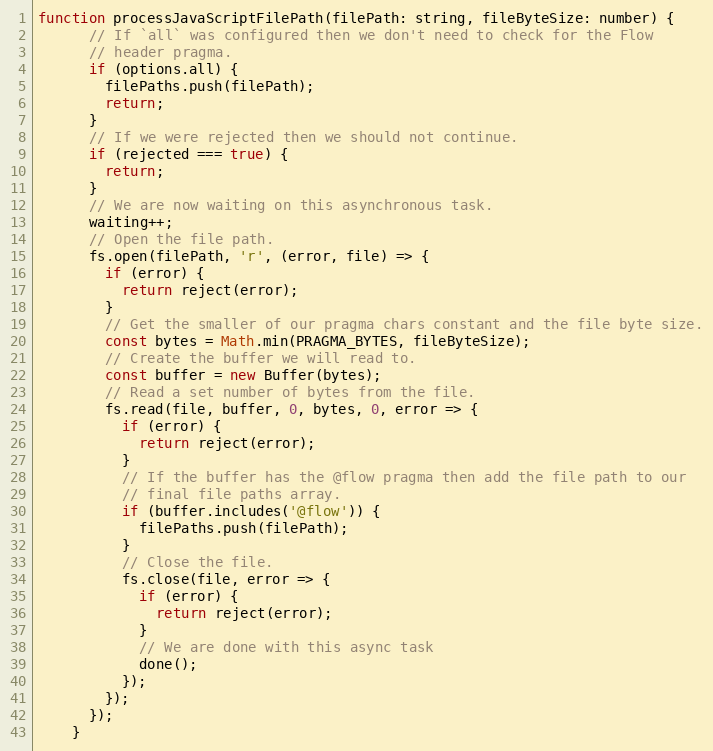
Language: JavaScript
function processJavaScriptFilePath(filePath: string, fileByteSize: number) {
      // If `all` was configured then we don't need to check for the Flow
      // header pragma.
      if (options.all) {
        filePaths.push(filePath);
        return;
      }
      // If we were rejected then we should not continue.
      if (rejected === true) {
        return;
      }
      // We are now waiting on this asynchronous task.
      waiting++;
      // Open the file path.
      fs.open(filePath, 'r', (error, file) => {
        if (error) {
          return reject(error);
        }
        // Get the smaller of our pragma chars constant and the file byte size.
        const bytes = Math.min(PRAGMA_BYTES, fileByteSize);
        // Create the buffer we will read to.
        const buffer = new Buffer(bytes);
        // Read a set number of bytes from the file.
        fs.read(file, buffer, 0, bytes, 0, error => {
          if (error) {
            return reject(error);
          }
          // If the buffer has the @flow pragma then add the file path to our
          // final file paths array.
          if (buffer.includes('@flow')) {
            filePaths.push(filePath);
          }
          // Close the file.
          fs.close(file, error => {
            if (error) {
              return reject(error);
            }
            // We are done with this async task
            done();
          });
        });
      });
    }